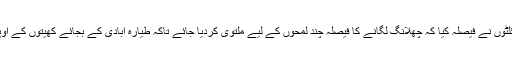
دونوں بہادر پائلٹوں نے فیصلہ کیا کہ چھلانگ لگانے کا فیصلہ چند لمحوں کے لیے ملتوی کردیا جائے تاکہ طیارہ آبادی کے بجائے کھیتوں کے اوپر پہنچ جائے ۔